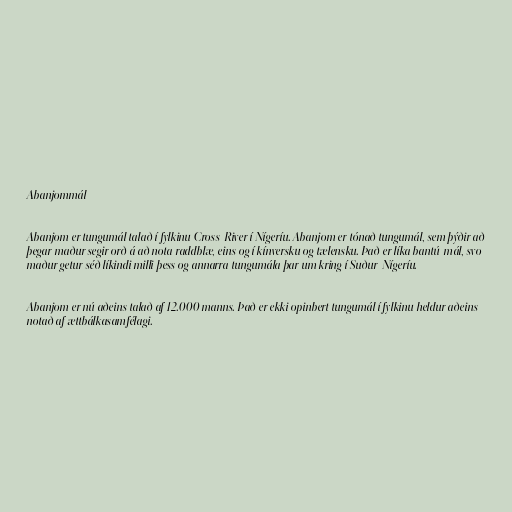
Abanjommál

Abanjom er tungumál talað í fylkinu Cross-River í Nígeríu. Abanjom er tónað tungumál, sem þýðir að
þegar maður segir orð á að nota raddblæ, eins og í kínversku og tælensku. Það er líka bantú-mál, svo
maður getur séð líkindi milli þess og annarra tungumála þar um kring í Suður-Nígeríu.

Abanjom er nú aðeins talað af 12.000 manns. Það er ekki opinbert tungumál í fylkinu heldur aðeins
notað af ættbálkasamfélagi.